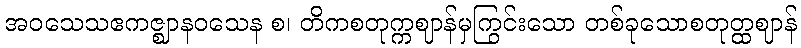
အဝသေသဧကဇ္ဈာနဝသေန စ၊ တိကစတုက္ကဈာန်မှကြွင်းသော တစ်ခုသောစတုတ္ထဈာန်